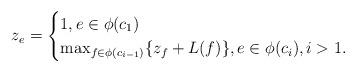
LaTeX: \begin{align*}z_e = \begin{cases}1, e \in \phi(c_1) \\\max_{f \in \phi(c_{i-1})}\{z_f + L(f) \},e \in \phi(c_i), i > 1.\end{cases}\end{align*}